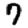
Digit: 7